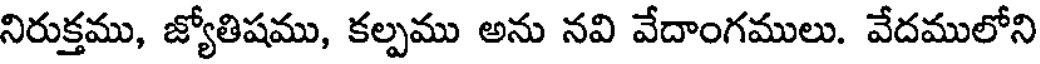
నిరుక్తము, జ్యోతిషము, కల్పము అను నవి వేదాంగములు. వేదములోని